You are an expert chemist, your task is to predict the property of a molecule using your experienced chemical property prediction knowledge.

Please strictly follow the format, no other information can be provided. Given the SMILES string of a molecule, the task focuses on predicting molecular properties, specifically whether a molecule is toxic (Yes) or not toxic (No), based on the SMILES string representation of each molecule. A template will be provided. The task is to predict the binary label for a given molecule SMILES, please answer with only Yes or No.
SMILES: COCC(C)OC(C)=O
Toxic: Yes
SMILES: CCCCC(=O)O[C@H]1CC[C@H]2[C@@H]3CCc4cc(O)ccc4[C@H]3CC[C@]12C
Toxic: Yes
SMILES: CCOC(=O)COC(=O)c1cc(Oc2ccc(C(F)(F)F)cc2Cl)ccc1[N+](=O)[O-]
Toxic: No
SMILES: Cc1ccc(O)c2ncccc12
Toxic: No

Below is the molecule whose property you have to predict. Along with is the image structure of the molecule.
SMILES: O=[N+]([O-])[O-].O=[N+]([O-])[O-].[Ca+2]
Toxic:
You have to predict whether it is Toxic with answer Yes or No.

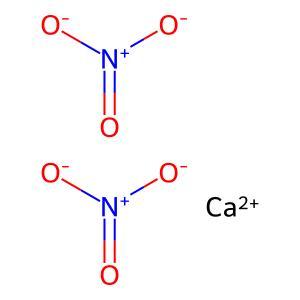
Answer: No